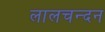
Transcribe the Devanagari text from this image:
लालचन्दन